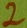
Text: 2